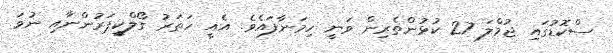
ސްކޮޑުގައި ޖުމްލަ 27 ކުޅުންތެރިން ވަނީ ހިމަނާފައެވެ. އެއީ ހަތަރު ގޯލްކީޕަރުންނާއި ނުވަ